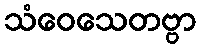
သံဝေသေတဗ္ဗာ